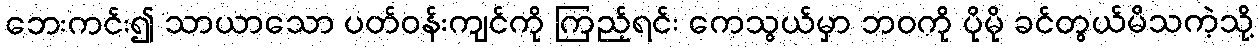
ဘေးကင်း၍ သာယာသော ပတ်ဝန်းကျင်ကို ကြည့်ရင်း ကေသွယ်မှာ ဘဝကို ပိုမို ခင်တွယ်မိသကဲ့သို့